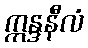
ဣန္ဒနီလံ